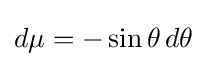
d\mu =-\sin \theta \,d\theta